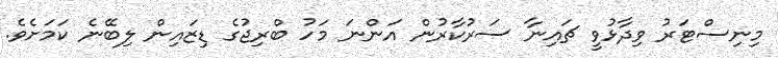
މިނިސްޓަރު ވިދާޅުވީ ޗައިނާ ސަރުކާރުން އަންނަ މަހު ބްރިޖުގެ ޑިޒައިން ލިބޭނެ ކަމަށެވެ.